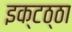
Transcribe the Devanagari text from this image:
इक्टठ्ठा